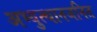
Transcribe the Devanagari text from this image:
अभ्युत्थानजनित